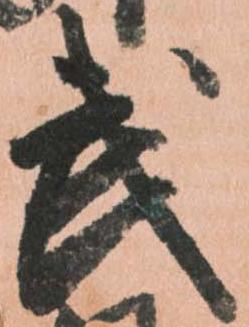
武